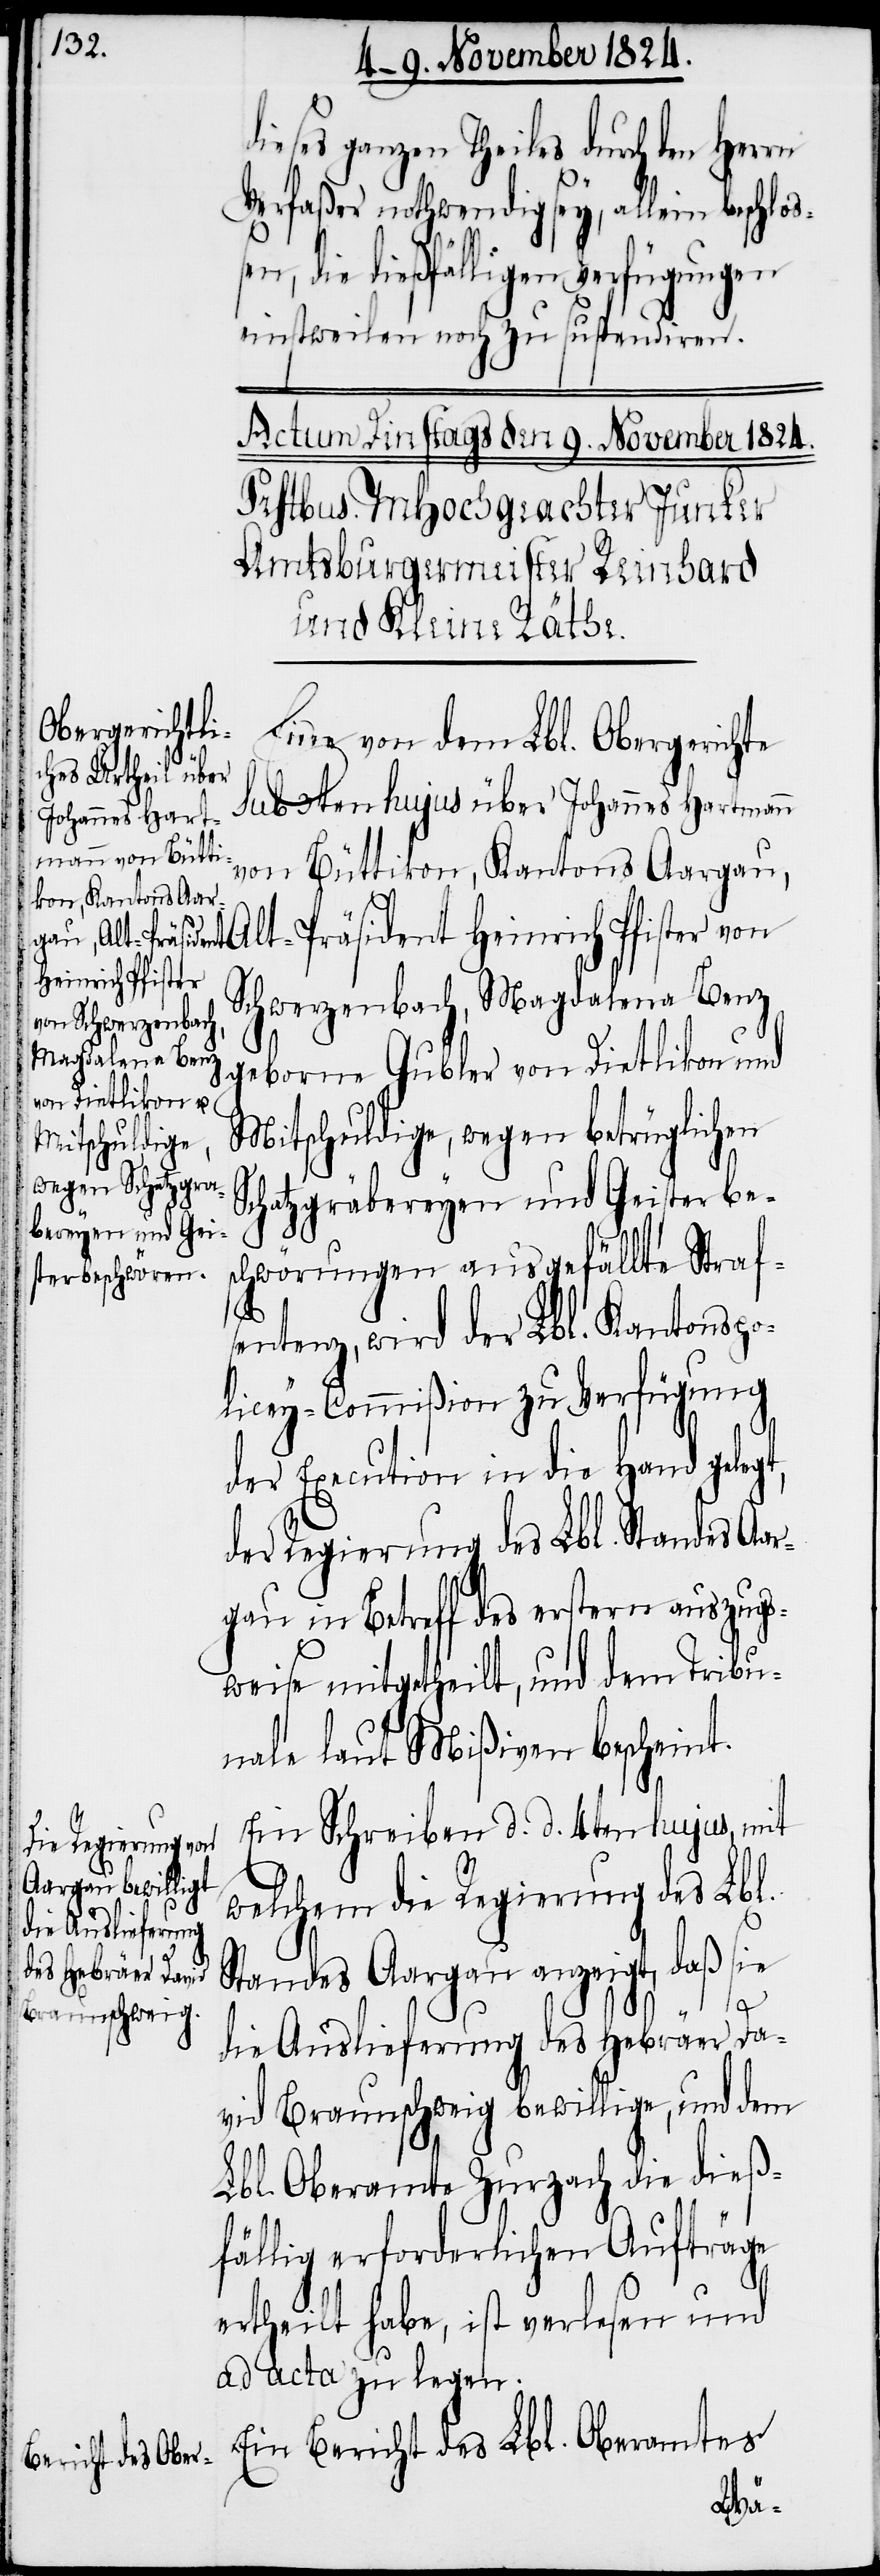
dieses ganzen Theiles durch den Herrn
Verfaßer nothwendig sey, allein beschlo¬
die dießfälligen Verfügungen
einstweilen noch zu suspendiren.
Eine von dem Lbl. Obergerichte
sub 3ten hujus über Johannes Hartmann
von Büttikon, Kantons Aargau,
Alt-Präsident Heinrich Pfister von
Schwerzenbach, Magdalena Benz
geborne Gubler von Dietlikon und
Mitschuldige, wegen betrüglichen
Schatzgräbereyen und Geisterbe¬
schwörungen ausgefällte Straf¬
ßen,
sentenz wird der Lbl. Kantonspo¬
licey-Commißion zu Verfügung
der Execution in die Hand gelegt,
der Regierung des Lbl. Standes Aar¬
gau in Betreff des erstern auszugs¬
weise mitgetheilt, und dem Tribu¬
nale laut Mißiven bescheint.
Ein Schreiben d. d. 4ten hujus, mit
welchem die Regierung des Lbl.
Standes Aargau anzeigt, daß sie
die Auslieferung des Hebräer Da¬
vid Braunschweig bewillige, und dem
Lbl. Oberamte Zurzach die dieß¬
fällig erforderlichen Aufträge
ertheilt habe, ist verlesen und
ad acta zu legen.
Ein Bericht des Lbl. Oberamtes